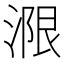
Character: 𱧭